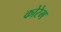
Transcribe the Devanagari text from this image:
कोरेम